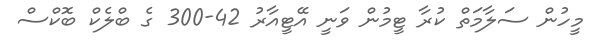
މީހުން ސަލާމަތް ކުރާ ޓީމުން ވަނީ އޭޓީއާރު 42-300 ގެ ބްލެކް ބޮކްސް